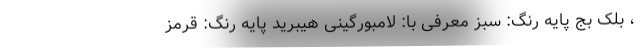
، بلک بج پایه رنگ: سبز معرفی با: لامبورگینی هیبرید پایه رنگ: قرمز